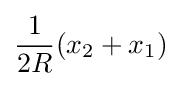
{\frac {1}{2R}}(x_{2}+x_{1})